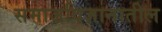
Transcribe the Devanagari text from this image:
समाजविज्ञानातील